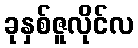
ခုနှစ်ဇူလိုင်လ